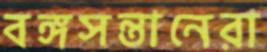
বঙ্গসন্তানেরা